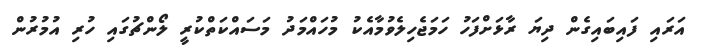
އަރައި ފައިބައިގެން ދިޔަ ރާޅަށްފަހު ހަމަޖެހިލެވުމާއެކު މުހައްމަދު މަސައްކަތްކުރީ ލޯންޗުގައި ހުރި އުމުރުން